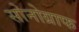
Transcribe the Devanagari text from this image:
सोनोग्राफ